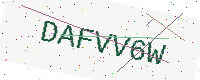
Text: DAFVV6W